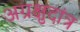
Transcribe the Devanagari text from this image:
अग्रक्षुदांत्र